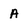
Character: A